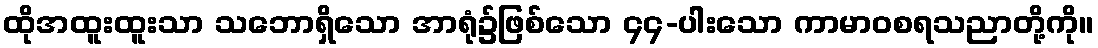
ထိုအထူးထူးသာ သဘောရှိသော အာရုံ၌ဖြစ်သော ၄၄-ပါးသော ကာမာဝစရသညာတို့ကို။